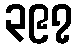
၃၉၇